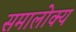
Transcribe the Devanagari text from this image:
समालोक्य